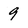
Character: 9